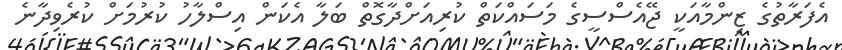
އެފަރާތުގެ ޒިންމާއަކީ ޖޭއެސްސީގެ މަސައްކަތް ކުރިއަށްދާގޮތް ބަލާ އެކަން އިސްލާހު ކުރުމަށް ކުރެވިދާނެ